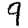
Digit: 9